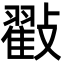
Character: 㪬